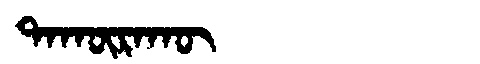
Manchu: ᡨᠠᡴᡡᡵᠠᡴᡡ
Romanization: TAKŪRAKŪ